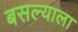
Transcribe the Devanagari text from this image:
बसल्याला